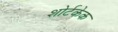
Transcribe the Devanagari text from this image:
शोर्टकेक